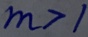
m > 1